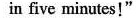
in five minutes!"